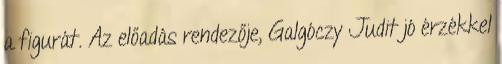
a figurát. Az előadás rendezője, Galgóczy Judit jó érzékkel